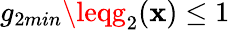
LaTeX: g_{2min}\leqg_{2}(\mathbf{x})\leq1